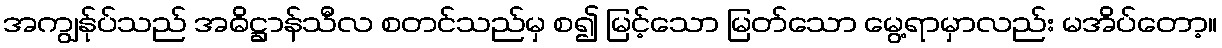
အကျွန်ုပ်သည် အဓိဋ္ဌာန်သီလ စတင်သည်မှ စ၍ မြင့်သော မြတ်သော မွေ့ရာမှာလည်း မအိပ်တော့။